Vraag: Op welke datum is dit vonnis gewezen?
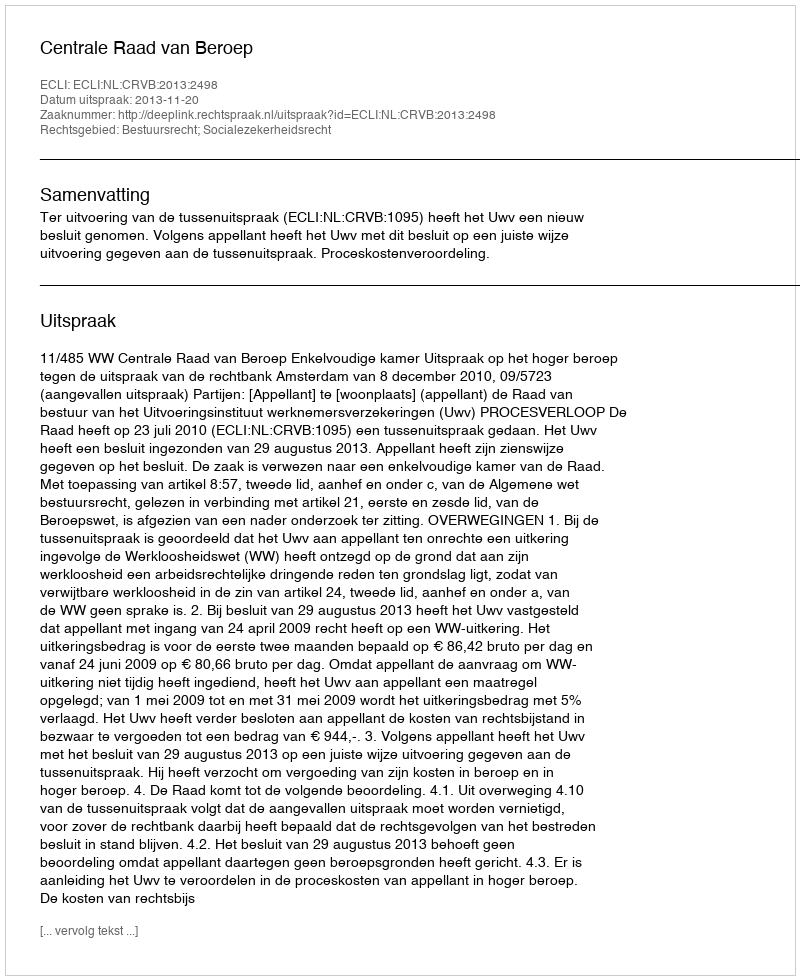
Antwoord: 2013-11-20